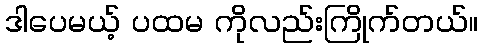
ဒါပေမယ့် ပထမ ကိုလည်းကြိုက်တယ်။